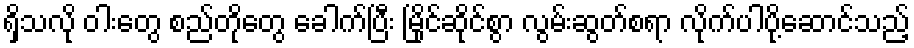
ရှိသလို ဝါးတွေ စည်တိုတွေ ခေါက်ပြီး မြိုင်ဆိုင်စွာ လွမ်းဆွတ်စရာ လိုက်ပါပို့ဆောင်သည့်